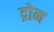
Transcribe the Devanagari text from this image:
द्रोन